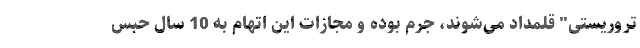
تروریستی" قلمداد می‌شوند، جرم بوده و مجازات این اتهام به 10 سال حبس